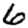
Digit: 6